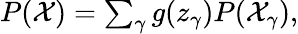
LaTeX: \begin{array}{r}{P(\mathcal{X})=\sum_{\gamma}g(z_{\gamma})P(\mathcal{X}_{\gamma}),}\end{array}